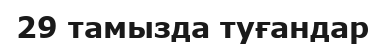
29 тамызда туғандар